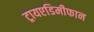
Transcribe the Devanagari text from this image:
ट्रायएडिमीफान